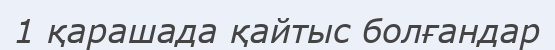
1 қарашада қайтыс болғандар